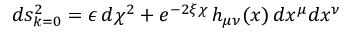
d s _ { k = 0 } ^ { 2 } = \epsilon \, d \chi ^ { 2 } + e ^ { - 2 \xi \chi } \, h _ { \mu \nu } ( x ) \, d x ^ { \mu } d x ^ { \nu }